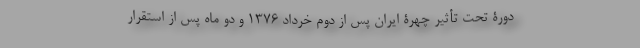
دورۀ تحت تأثیر چهرۀ ایران پس از دوم خرداد 1376 و دو ماه پس از استقرار